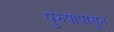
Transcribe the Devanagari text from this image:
पुरुषापासून